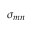
\sigma _ { m n }